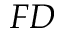
F D